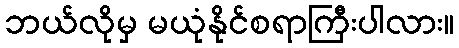
ဘယ်လိုမှ မယုံနိုင်စရာကြီးပါလား။